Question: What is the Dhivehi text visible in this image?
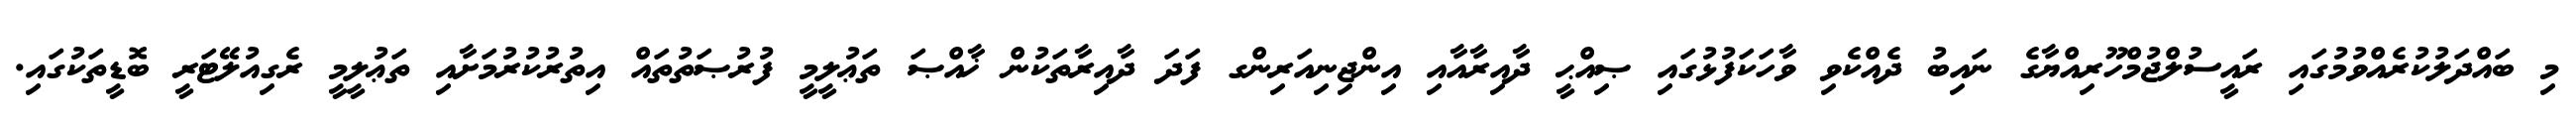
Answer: މި ބައްދަލުކުރެއްވުމުގައި ރައީސުލްޖުމްހޫރިއްޔާގެ ނައިބު ދެއްކެވި ވާހަކަފުޅުގައި ޞިއްޙީ ދާއިރާއާއި އިންޖިނިއަރިންގ ފަދަ ދާއިރާތަކުން ޚާއްޞަ ތަޢުލީމީ ފުރުޞަތުތައް އިތުރުކުރުމަށާއި ތަޢުލީމީ ރެގިއުލޭޓަރީ ބޮޑީތަކުގައި.